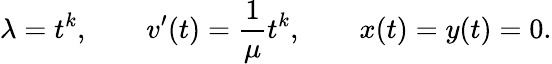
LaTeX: \lambda=t^{k},\qquad v^{\prime}(t)={\frac{1}{\mu}}t^{k},\qquad x(t)=y(t)=0.